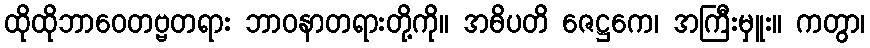
ထိုထိုဘာဝေတဗ္ဗတရား ဘာဝနာတရားတို့ကို။ အဓိပတိ ဇေဋ္ဌကေ၊ အကြီးမှူး။ ကတွာ၊